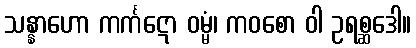
သန္နာဟော ကင်္ကဋော ဝမ္မံ၊ ကဝစော ဝါ ဥရစ္ဆဒေါ။